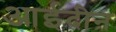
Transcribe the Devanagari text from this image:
आईदीन